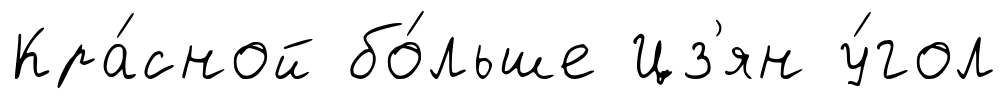
Кра́сной бо́льше Цз'ян у́гол